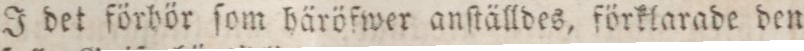
J det förbör ſom häröfwer anſtälldes, förklarade den